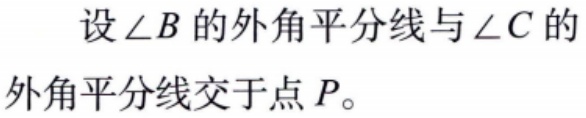
设\(\angle B\)的外角平分线与\(\angle C\)的外角平分线交于点\(P\)。